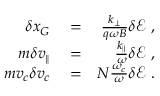
\begin{array} { r l r } { \delta x _ { G } } & { { } = } & { \frac { k _ { \perp } } { q \omega B } \delta \mathcal { E } \mathrm { ~ , ~ } } \\ { m \delta v _ { \parallel } } & { { } = } & { \frac { k _ { \parallel } } { \omega } \delta \mathcal { E } \mathrm { ~ , ~ } } \\ { m v _ { c } \delta v _ { c } } & { { } = } & { N \frac { \omega _ { c } } { \omega } \delta \mathcal { E } \mathrm { ~ . ~ } } \end{array}